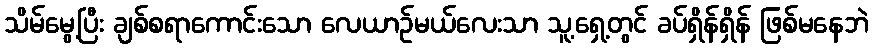
သိမ်မွေ့ပြီး ချစ်စရာကောင်းသော လေယာဉ်မယ်လေးသာ သူ့ရှေ့တွင် ခပ်ရှိန်ရှိန် ဖြစ်မနေဘဲ